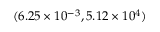
( 6 . 2 5 \times 1 0 ^ { - 3 } , 5 . 1 2 \times 1 0 ^ { 4 } )